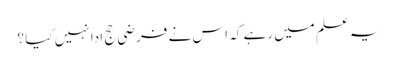
یہ علم میں رہے کہ اس نے فرضی حج ادا نہیں کیا ؟